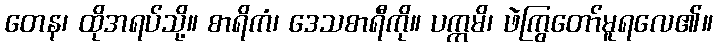
တေန၊ ထိုအရပ်သို့။ စာရိကံ၊ ဒေသစာရီကို။ ပက္ကမိ၊ ဖဲကြွတော်မူရလေ၏။